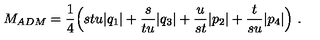
M _ { A D M } = { \frac { 1 } { 4 } } \Bigl ( s t u | q _ { 1 } | + { \frac { s } { t u } } | q _ { 3 } | + { \frac { u } { s t } } | p _ { 2 } | + { \frac { t } { s u } } | p _ { 4 } | \Bigr ) \ .